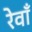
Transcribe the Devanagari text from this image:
रेवाँ